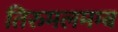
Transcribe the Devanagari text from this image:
तिरुमलमम्ब